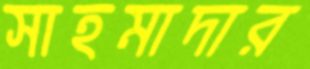
সাহমাদার